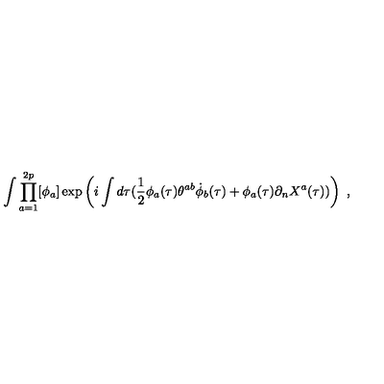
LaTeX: \int \prod _ { a = 1 } ^ { 2 p } [ \phi _ { a } ] \exp \left( i \int d \tau ( \frac { 1 } { 2 } \phi _ { a } ( \tau ) \theta ^ { a b } \dot { \phi } _ { b } ( \tau ) + \phi _ { a } ( \tau ) \partial _ { n } X ^ { a } ( \tau ) ) \right) \ ,